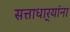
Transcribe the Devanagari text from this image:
सत्ताधार्‍यांना